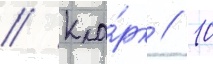
// Кла́рк // 10